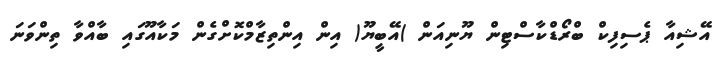
އޭޝިއާ ޕެސިފިކް ބްރޯޑްކާސްޓިން ޔޫނިއަން )އޭބީޔޫ( އިން އިންތިޒާމްކޮށްގެން މަކާއޫގައި ބާއްވާ ތިންވަނަ